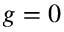
g = 0